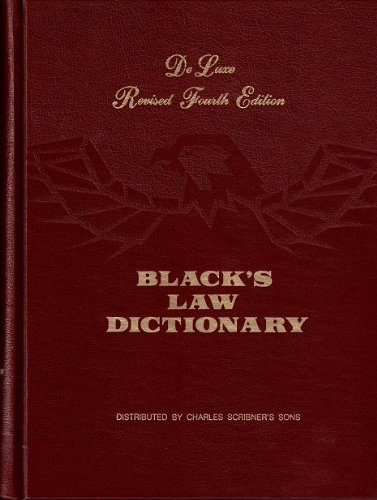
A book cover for Black's Law Dictionary: Definitions of the terms and phrases of American and English Jurisprudence, Ancient and Modern, 4th Edition; Henry Campbell Black; Law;